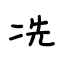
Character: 冼